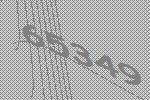
65349